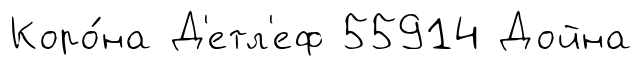
Коро́на Д'етл'еф 55914 Дойна